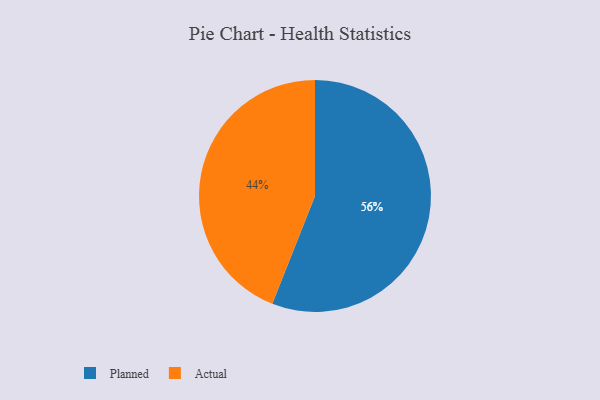
{"axis": {"x": "Category", "y": "Percentage"}, "legend": ["Actual", "Planned"], "data": [{"x": "Actual", "y": 44, "type": "Actual"}, {"x": "Planned", "y": 56, "type": "Planned"}]}